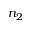
n _ { 2 }